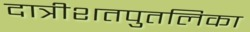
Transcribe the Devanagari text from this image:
दात्रीशतपुतलिका